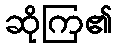
ဆိုကြ၏